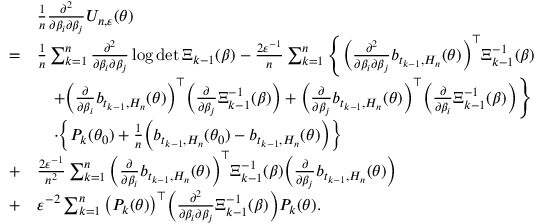
\begin{array} { r l } & { \frac { 1 } { n } \frac { \partial ^ { 2 } } { \partial \beta _ { i } \partial \beta _ { j } } U _ { n , \varepsilon } ( \theta ) } \\ { = } & { \frac { 1 } { n } \sum _ { k = 1 } ^ { n } \frac { \partial ^ { 2 } } { \partial \beta _ { i } \partial \beta _ { j } } \log \operatorname* { d e t } \Xi _ { k - 1 } ( \beta ) - \frac { 2 \varepsilon ^ { - 1 } } { n } \sum _ { k = 1 } ^ { n } \Bigg \{ \bigg ( \frac { \partial ^ { 2 } } { \partial \beta _ { i } \partial \beta _ { j } } b _ { t _ { k - 1 } , H _ { n } } ( \theta ) \bigg ) ^ { \top } \Xi _ { k - 1 } ^ { - 1 } ( \beta ) } \\ & { \quad + \bigg ( \frac { \partial } { \partial \beta _ { i } } b _ { t _ { k - 1 } , H _ { n } } ( \theta ) \bigg ) ^ { \top } \bigg ( \frac { \partial } { \partial \beta _ { j } } \Xi _ { k - 1 } ^ { - 1 } ( \beta ) \bigg ) + \bigg ( \frac { \partial } { \partial \beta _ { j } } b _ { t _ { k - 1 } , H _ { n } } ( \theta ) \bigg ) ^ { \top } \bigg ( \frac { \partial } { \partial \beta _ { i } } \Xi _ { k - 1 } ^ { - 1 } ( \beta ) \bigg ) \Bigg \} } \\ & { \quad \cdot \Big \{ P _ { k } ( \theta _ { 0 } ) + \frac { 1 } { n } \Big ( b _ { t _ { k - 1 } , H _ { n } } ( \theta _ { 0 } ) - b _ { t _ { k - 1 } , H _ { n } } ( \theta ) \Big ) \Big \} } \\ { + } & { \frac { 2 \varepsilon ^ { - 1 } } { n ^ { 2 } } \sum _ { k = 1 } ^ { n } \bigg ( \frac { \partial } { \partial \beta _ { i } } b _ { t _ { k - 1 } , H _ { n } } ( \theta ) \bigg ) ^ { \top } \Xi _ { k - 1 } ^ { - 1 } ( \beta ) \bigg ( \frac { \partial } { \partial \beta _ { j } } b _ { t _ { k - 1 } , H _ { n } } ( \theta ) \bigg ) } \\ { + } & { \varepsilon ^ { - 2 } \sum _ { k = 1 } ^ { n } \big ( P _ { k } ( \theta ) \big ) ^ { \top } \bigg ( \frac { \partial ^ { 2 } } { \partial \beta _ { i } \partial \beta _ { j } } \Xi _ { k - 1 } ^ { - 1 } ( \beta ) \bigg ) P _ { k } ( \theta ) . } \end{array}